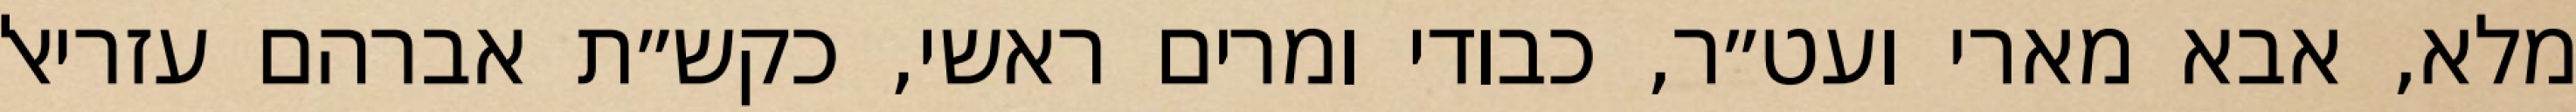
מלא, אבא מארי ועט״ר, כבודי ומרים ראשי, כקש״ת אברהם עזריאל